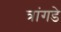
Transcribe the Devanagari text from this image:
त्रांगडे